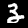
Label: 3